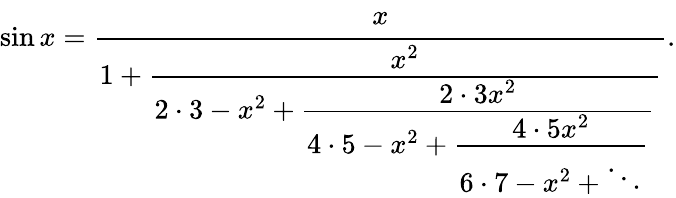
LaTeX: \sin x={\cfrac{x}{1+{\cfrac{x^{2}}{2\cdot 3-x^{2}+{\cfrac{2\cdot 3x^{2}}{4\cdot 5-x^{2}+{\cfrac{4\cdot 5x^{2}}{6\cdot 7-x^{2}+\ddots}}}}}}}}.